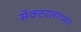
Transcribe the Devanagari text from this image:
सेक्टरलगभग